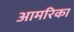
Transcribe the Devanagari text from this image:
आमरिका